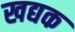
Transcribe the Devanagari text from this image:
खद्यक